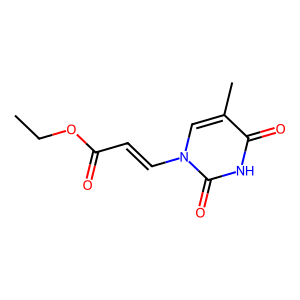
SMILES: CCOC(=O)C=Cn1cc(C)c(=O)[nH]c1=O
Inhibits HIV replication: No